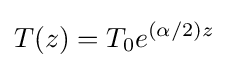
T(z)=T_{0}e^{(\alpha /2)z}